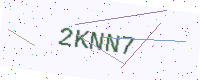
Text: 2KNN7